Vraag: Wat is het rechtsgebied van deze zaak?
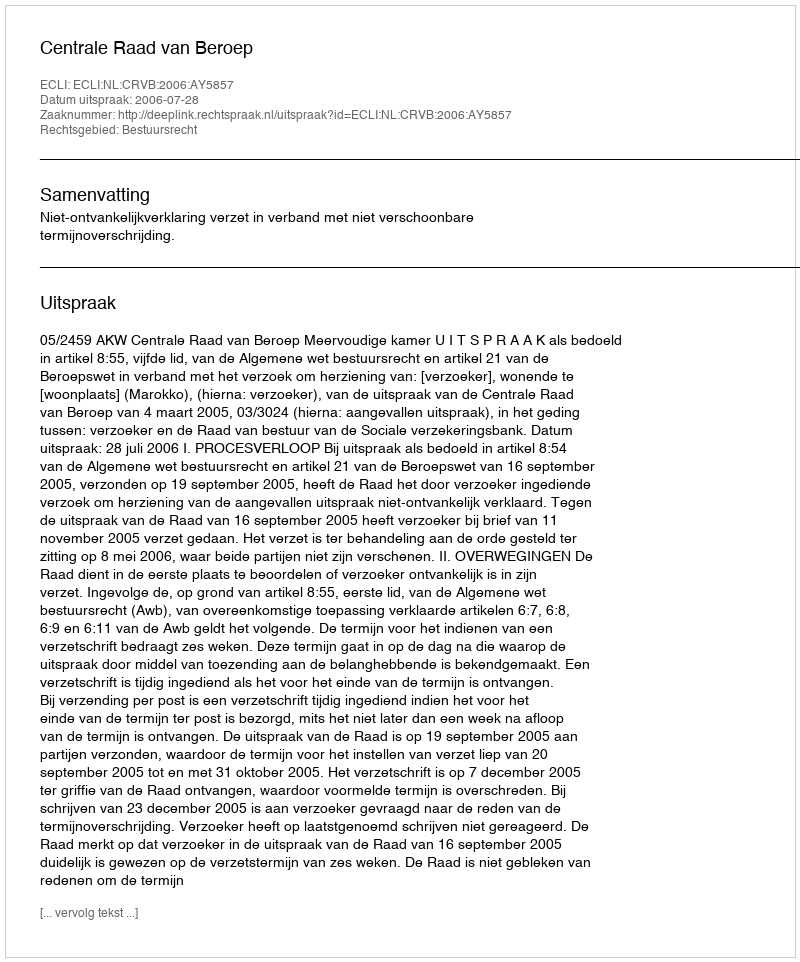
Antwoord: Bestuursrecht